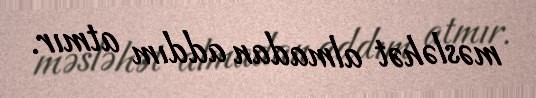
məsləhət almadan addım atmır.